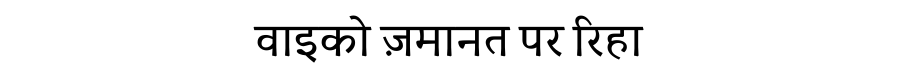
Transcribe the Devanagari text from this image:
वाइको ज़मानत पर रिहा